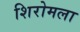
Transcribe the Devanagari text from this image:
शिरोमला